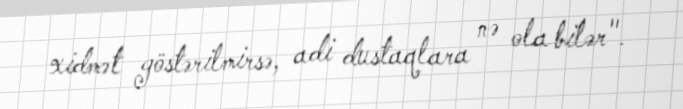
xidmət göstərilmirsə, adi dustaqlara nə ola bilər".